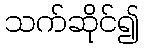
သက်ဆိုင်၍